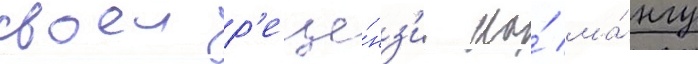
своеи р'еце́нз'ии на́ ма́нгу